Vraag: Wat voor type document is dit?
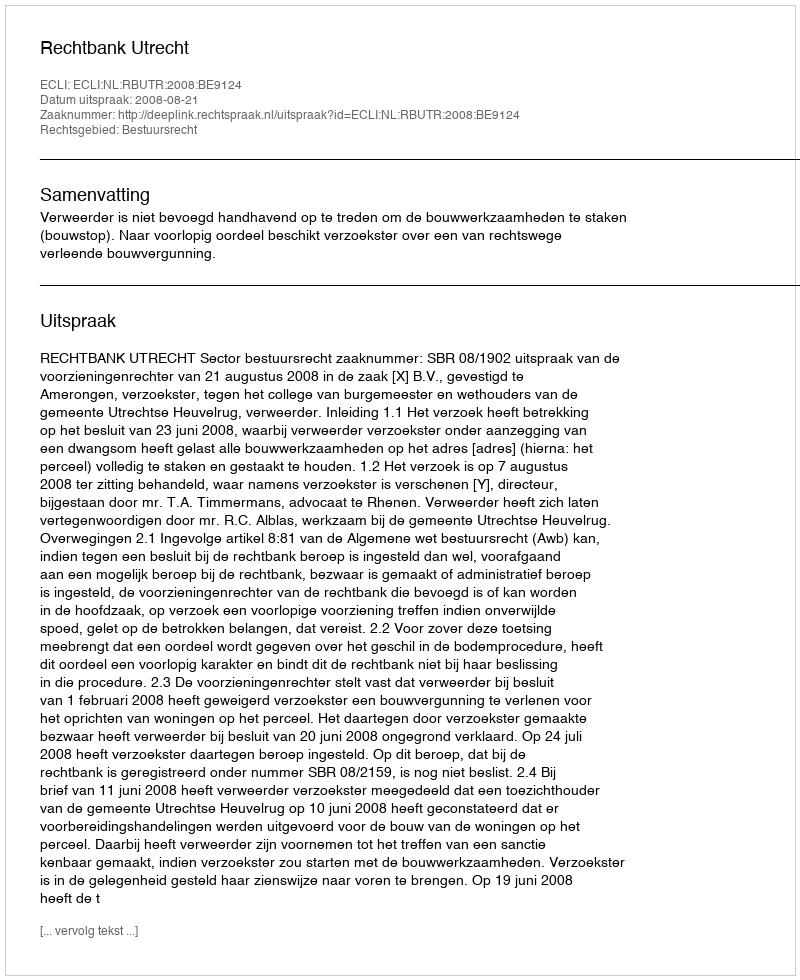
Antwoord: Uitspraak